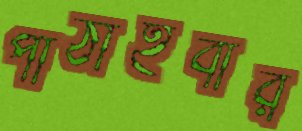
পাঠাইবার